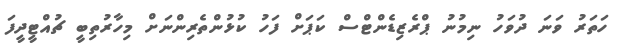
ހަތަރު ވަނަ ދުވަހު ނިމުނު ޕްރެޒިޑެންޓްސް ކަޕަށް ފަހު ކުޅުންތެރިންނަށް މިހާރުތިބީ ޗުއްޓީދީފަ